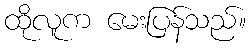
ထိုလူက မေးပြန်သည်။